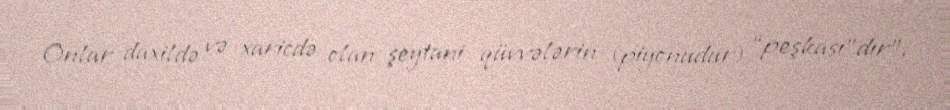
Onlar daxildə və xaricdə olan şeytani qüvvələrin (piyonudur) “peşkası”dır”.